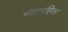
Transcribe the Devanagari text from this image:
मंदारहिल